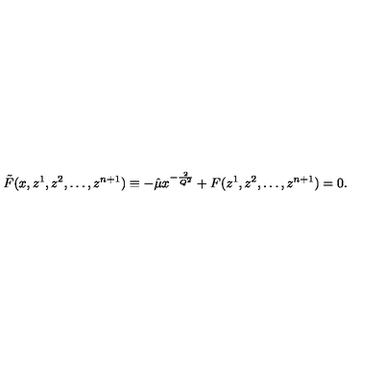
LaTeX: \tilde { F } ( x , z ^ { 1 } , z ^ { 2 } , \ldots , z ^ { n + 1 } ) \equiv - \hat { \mu } x ^ { - \frac { 2 } { Q ^ { 2 } } } + F ( z ^ { 1 } , z ^ { 2 } , \ldots , z ^ { n + 1 } ) = 0 .